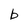
Character: b